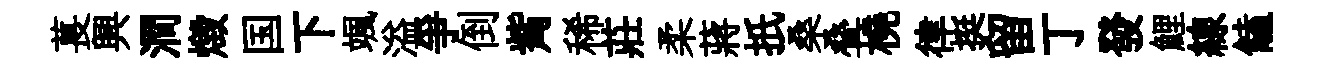
萇興澗燬国下颯溢爭倒觜稀莊柔蔣扺桑叠橈律挺留丁發鯉線饁